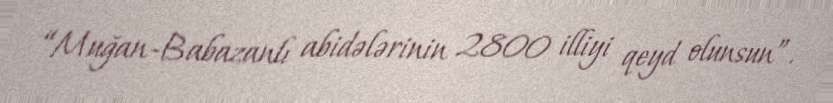
“Muğan-Babazanlı abidələrinin 2800 illiyi qeyd olunsun”.